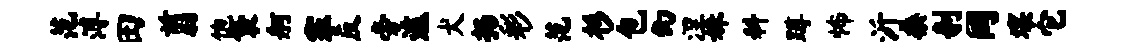
范溥田翦饱袋舸搴反旁遽犬扬彩范杉包幻涅姝料蹲怖沂桑剞同壤它